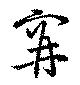
穽